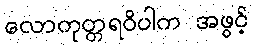
လောကုတ္တရဝိပါက အဖွင့်